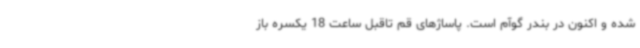
شده و اکنون در بندر گوآم است. پاساژهای قم تاقبل ساعت 18 یکسره باز